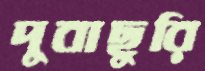
দুবাছুরি